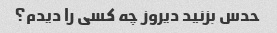
حدس بزنید دیروز چه کسی را دیدم؟